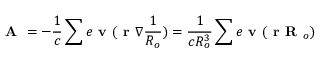
\textbf { A } = - \frac { 1 } { c } \sum e \textbf { v } ( \textbf { r } \nabla \frac { 1 } { R _ { o } } ) = \frac { 1 } { c R _ { o } ^ { 3 } } \sum e \textbf { v } ( \textbf { r R } _ { o } )